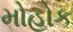
મોહોક